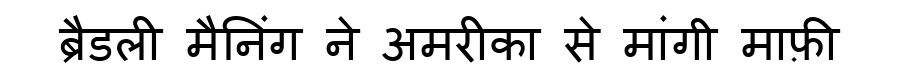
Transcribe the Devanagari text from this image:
ब्रैडली मैनिंग ने अमरीका से मांगी माफ़ी